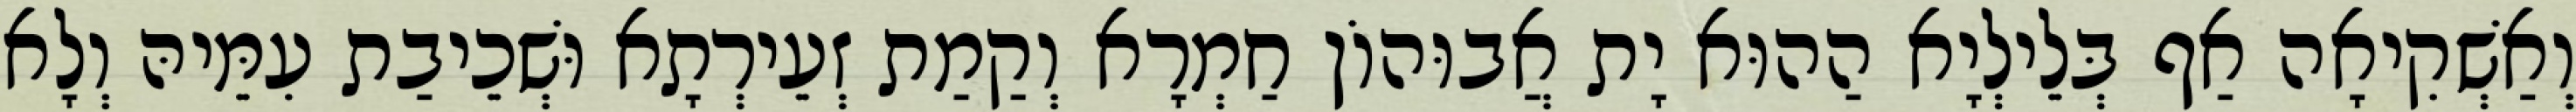
וְאַשְׁקִיאָה אַף בְּלֵילְיָא הַהוּא יָת אֲבוּהוֹן חַמְרָא וְקַמַת זְעֵירְתָא וּשְׁכֵיבַת עִמֵּיהּ וְלָא